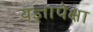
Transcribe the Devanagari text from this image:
यज्ञापेक्षा